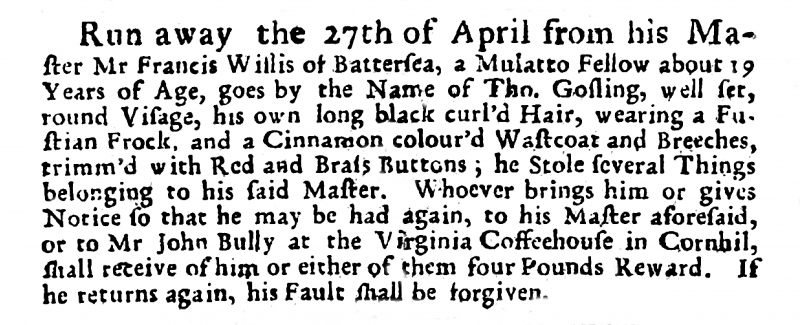
Post Man and the Historical Account, 5 May 1715 (England)
Run away the 27th of April from his Master Mr Francis Willis of Battersea, a Mulatto Fellow about 19 Years of Age, goes by the Name of Tho. Gosling, well set, round Visage, his own long black curl’d Hair, wearing a Fustian Frock, and a Cinnamon colour’d Wastcoat and Breeches, trimm’d with Red and Brass Buttons; he Stole several Things belonging to his said Master. Whoever brings him or gives Notice so that he may be had again, to his Master aforesaid, or to Mr John Bully at the Virginia Coffeehouse in Cornhil, shall receive of him or either of them four Pounds Reward. If he returns again, his Fault shall be forgiven.